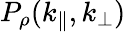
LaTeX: P_{\rho}(k_{\parallel},k_{\perp})